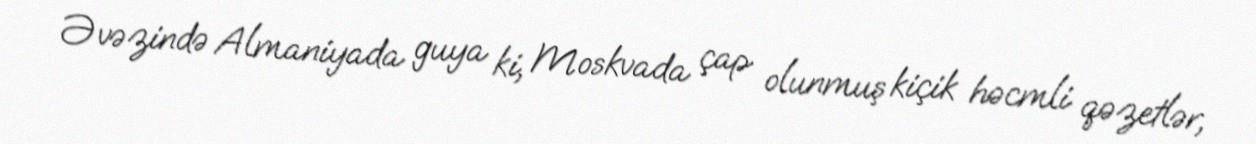
Əvəzində Almaniyada guya ki, Moskvada çap olunmuş kiçik həcmli qəzetlər,